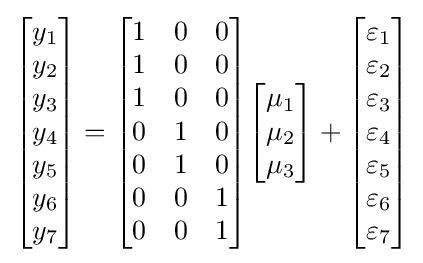
{\begin{bmatrix}y_{1}\\y_{2}\\y_{3}\\y_{4}\\y_{5}\\y_{6}\\y_{7}\end{bmatrix}}={\begin{bmatrix}1&0&0\\1&0&0\\1&0&0\\0&1&0\\0&1&0\\0&0&1\\0&0&1\end{bmatrix}}{\begin{bmatrix}\mu _{1}\\\mu _{2}\\\mu _{3}\end{bmatrix}}+{\begin{bmatrix}\varepsilon _{1}\\\varepsilon _{2}\\\varepsilon _{3}\\\varepsilon _{4}\\\varepsilon _{5}\\\varepsilon _{6}\\\varepsilon _{7}\end{bmatrix}}